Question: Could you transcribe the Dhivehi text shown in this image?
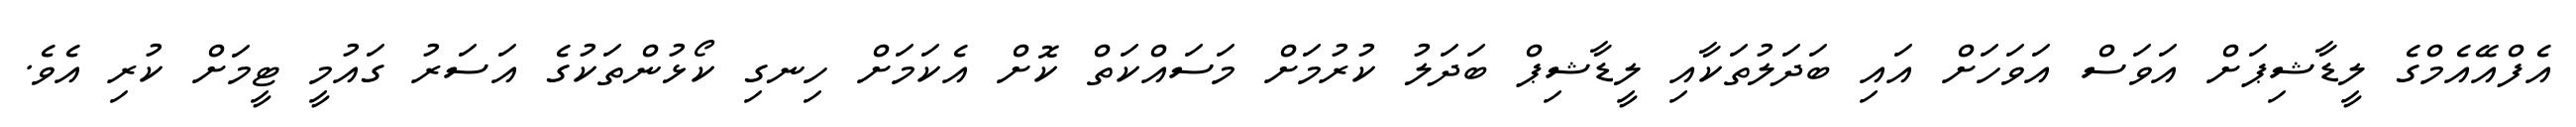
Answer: އެފްއޭއެމްގެ ލީޑާޝިޕަށް އަވަސް އަވަހަށް އައި ބަދަލުތަކާއި ލީޑާޝިޕް ބަދަލު ކުރުމަށް މަސައްކަތް ކޮށް އެކަމަށް ހިނގި ކޯޅުންތަކުގެ އަސަރު ގައުމީ ޓީމަށް ކުރި އެވެ.